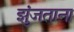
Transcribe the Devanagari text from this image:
झुंजताना